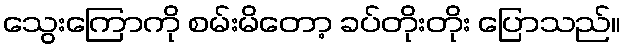
သွေးကြောကို စမ်းမိတော့ ခပ်တိုးတိုး ပြောသည်။